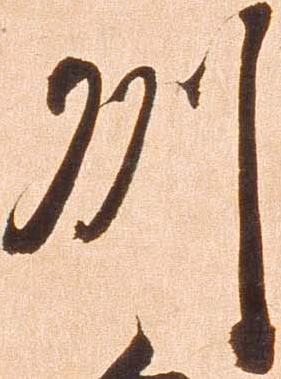
州